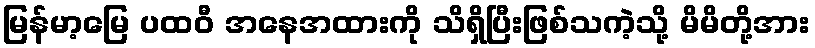
မြန်မာ့မြေ ပထဝီ အနေအထားကို သိရှိပြီးဖြစ်သကဲ့သို့ မိမိတို့အား